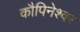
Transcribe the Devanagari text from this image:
कौपिनेश्वर